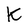
Character: K